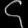
Digit: ၄